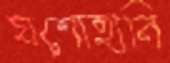
যশোহানি